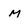
Character: M